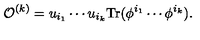
{ \cal O } ^ { ( k ) } = u _ { i _ { 1 } } \cdots u _ { i _ { k } } \mathrm { T r } ( \phi ^ { i _ { 1 } } \cdots \phi ^ { i _ { k } } ) .